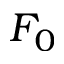
F _ { 0 }